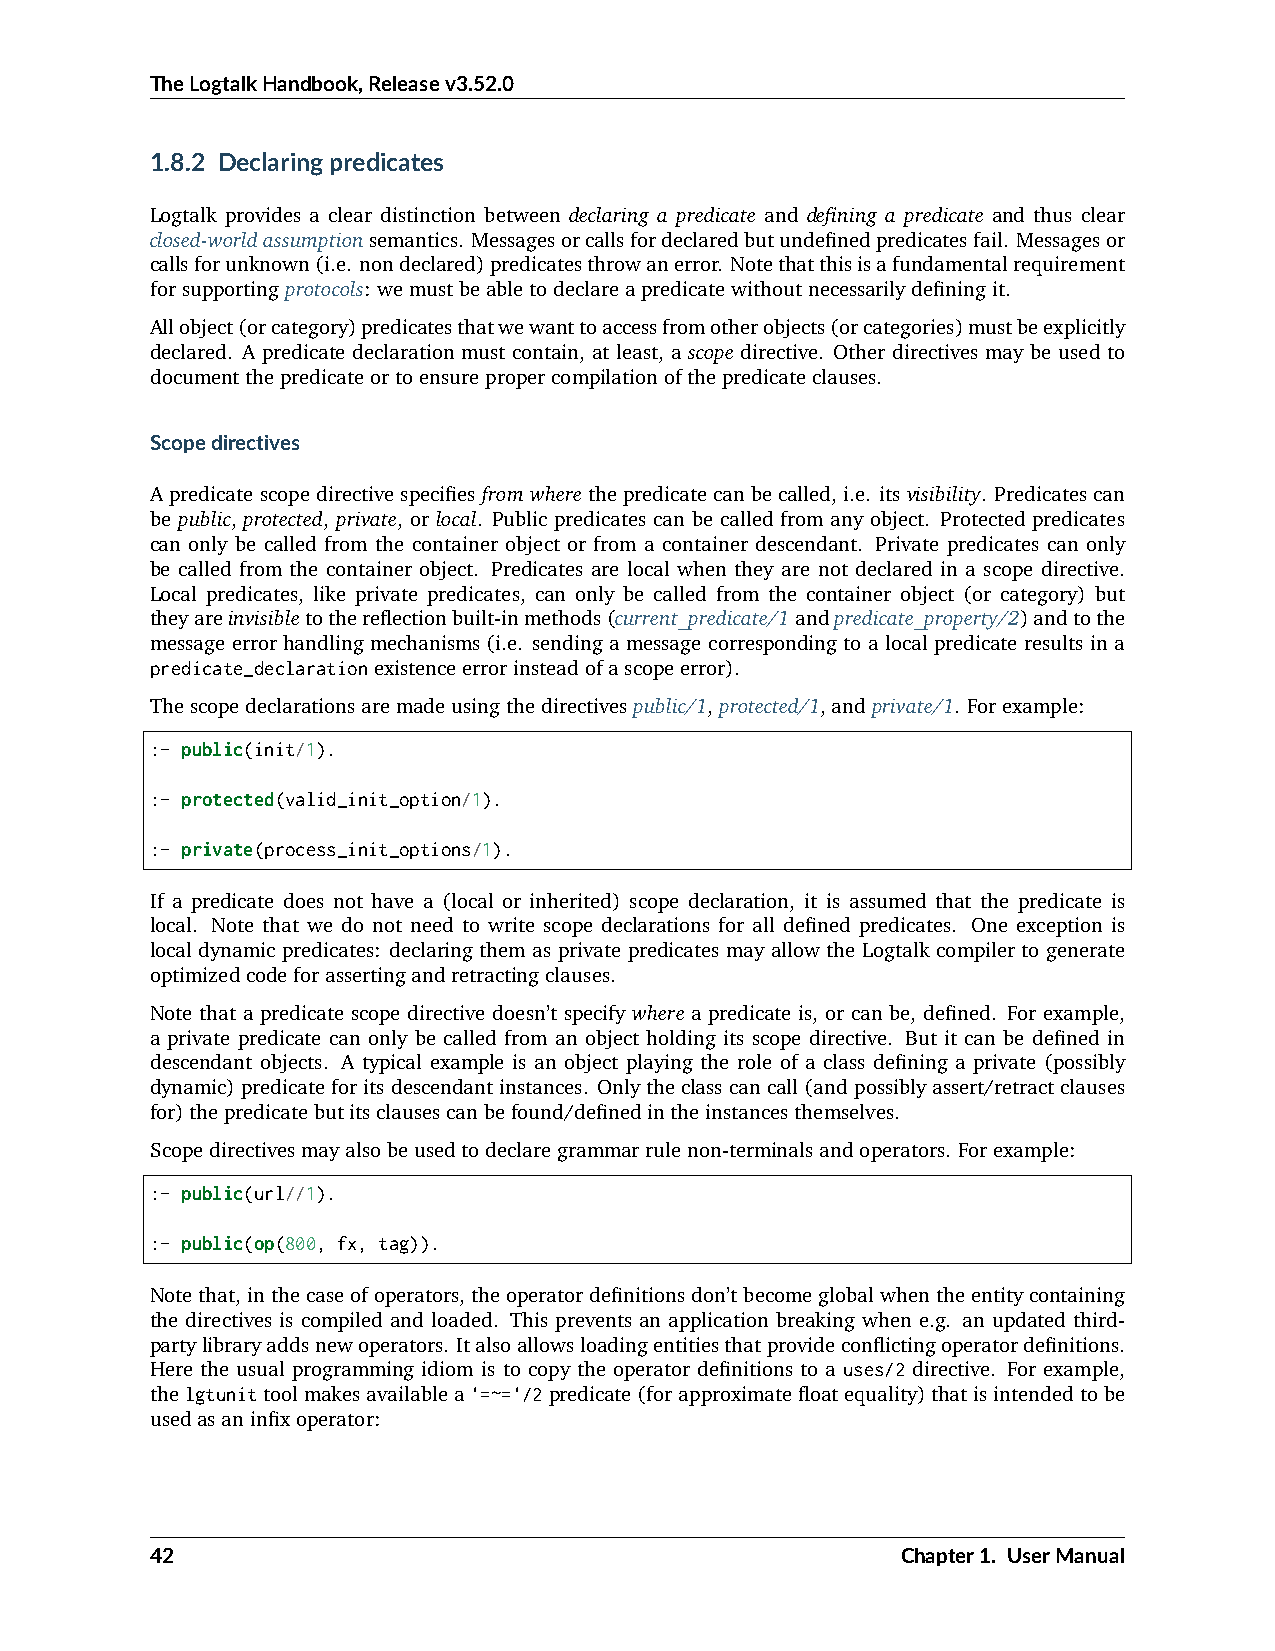
TheLogtalkHandbook,Releasev3.52.0
 1.8.2 Declaringpredicates
 Logtalk provides a clear distinction between declaring a predicate and defining a predicate and thus clear
 closed-worldassumptionsemantics. Messagesorcallsfordeclaredbutundefinedpredicatesfail. Messagesor
 callsforunknown(i.e. nondeclared)predicatesthrowanerror. Notethatthisisafundamentalrequirement
 forsupportingprotocols: wemustbeabletodeclareapredicatewithoutnecessarilydefiningit.
 Allobject(orcategory)predicatesthatwewanttoaccessfromotherobjects(orcategories)mustbeexplicitly
 declared. A predicate declaration must contain, at least, a scope directive. Other directives may be used to
 documentthepredicateortoensurepropercompilationofthepredicateclauses.
 Scopedirectives
 Apredicatescopedirectivespecifiesfromwherethepredicatecanbecalled,i.e. itsvisibility. Predicatescan
 be public, protected, private, or local. Public predicates can be called from any object. Protected predicates
 can only be called from the container object or from a container descendant. Private predicates can only
 be called from the container object. Predicates are local when they are not declared in a scope directive.
 Local predicates, like private predicates, can only be called from the container object (or category) but
 theyareinvisibletothereflectionbuilt-inmethods(current_predicate/1andpredicate_property/2)andtothe
 message error handling mechanisms (i.e. sending a message corresponding to a local predicate results in a
 predicate_declarationexistenceerrorinsteadofascopeerror).
 Thescopedeclarationsaremadeusingthedirectivespublic/1,protected/1,andprivate/1. Forexample:
 :- public(init/1).
 :- protected(valid_init_option/1).
 :- private(process_init_options/1).
 If a predicate does not have a (local or inherited) scope declaration, it is assumed that the predicate is
 local. Note that we do not need to write scope declarations for all defined predicates. One exception is
 local dynamic predicates: declaring them as private predicates may allow the Logtalk compiler to generate
 optimizedcodeforassertingandretractingclauses.
 Note that a predicate scope directive doesn’t specify where a predicate is, or can be, defined. For example,
 a private predicate can only be called from an object holding its scope directive. But it can be defined in
 descendant objects. A typical example is an object playing the role of a class defining a private (possibly
 dynamic)predicateforitsdescendantinstances. Onlytheclasscancall(andpossiblyassert/retractclauses
 for)thepredicatebutitsclausescanbefound/definedintheinstancesthemselves.
 Scopedirectivesmayalsobeusedtodeclaregrammarrulenon-terminalsandoperators. Forexample:
 :- public(url//1).
 :- public(op(800, fx, tag)).
 Notethat,inthecaseofoperators,theoperatordefinitionsdon’tbecomeglobalwhentheentitycontaining
 the directives is compiled and loaded. This prevents an application breaking when e.g. an updated third-
 partylibraryaddsnewoperators. Italsoallowsloadingentitiesthatprovideconflictingoperatordefinitions.
 Here the usual programming idiom is to copy the operator definitions to a uses/2 directive. For example,
 thelgtunittoolmakesavailablea'=~='/2predicate(forapproximatefloatequality)thatisintendedtobe
 usedasaninfixoperator:
 42                                                Chapter1. UserManual